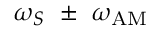
\omega _ { S } ~ \pm ~ \omega _ { \mathrm { A M } }